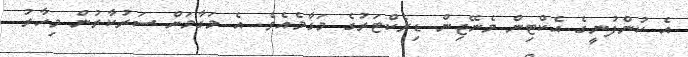
އެ ކުންފުނީގެ އެކްޓިން މެނޭޖިިން ޑިރެކްޓަރުގެ މަގާމެއެވެ. އެ މަގާމަށް ސަރުކާރުން މިހާރު